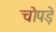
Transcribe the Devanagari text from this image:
चोपड़े